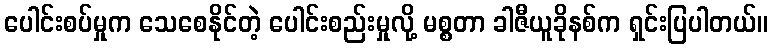
ပေါင်းစပ်မှုက သေစေနိုင်တဲ့ ပေါင်းစည်းမှုလို့ မစ္စတာ ခါဇီယူခိုနစ်က ရှင်းပြပါတယ်။